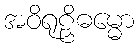
အဝိရုဠှိဓမ္မော